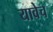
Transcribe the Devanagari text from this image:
यावेच